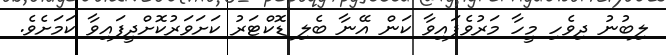
ލިބުނު ދިވެހި މީހާ މަރުވެފައިވާ ކަން އޭނާ ބެލި ޑޮކްޓަރު ކަށަވަރުކޮށްދީފައިވާ ކަމަށެވެ.